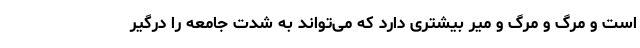
است و مرگ و مرگ و میر بیشتری دارد که می‌تواند به شدت جامعه را درگیر